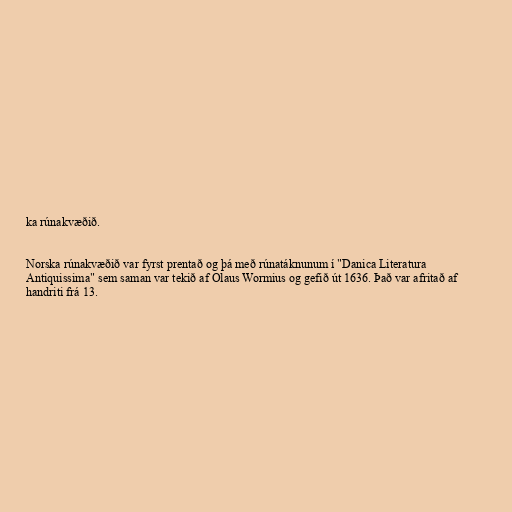
ka rúnakvæðið.

Norska rúnakvæðið var fyrst prentað og þá með rúnatáknunum í "Danica Literatura
Antiquissima" sem saman var tekið af Olaus Wormius og gefið út 1636. Það var afritað af
handriti frá 13.